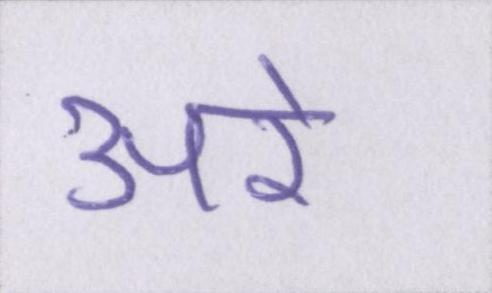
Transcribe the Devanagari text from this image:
अरे